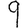
Digit: 9